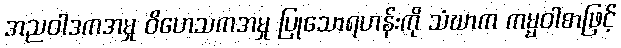
အညဝါဒကအမှု ဝိဟေသကအမှု ပြုသောရဟန်းကို သံဃာက ကမ္မဝါစာဖြင့်